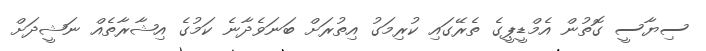
ސިޔާސީ ގޮތުން އެމްޑީޕީގެ ތެރޭގައި ކުރިމަގު އިތުރަށް ބަނަވެދާނެ ކަމުގެ އިޝާރާތެއް ނަޝީދަށް